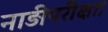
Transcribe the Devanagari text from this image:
नाड़ीपरीक्षा।